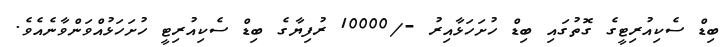
ބިޑް ސެކިއުރިޓީގެ ގޮތުގައި ބިޑް ހުށަހަޅާއިރު -/10000 ރުފިޔާގެ ބިޑް ސެކިއުރިޓީ ހުށަހަޅުއްވަންވާނެއެވެ.